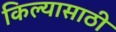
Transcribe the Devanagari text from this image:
किल्यासाठी